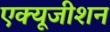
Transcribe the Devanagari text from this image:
एक्यूजीशन